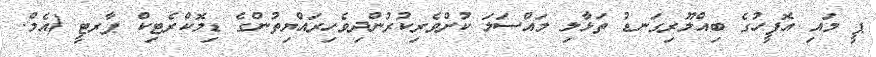
ޕީ މައި އޮފީހުގެ ބިއްލޫރިގަނޑު ތަޅާލި މައްސަލަ ކުށްވެރިކުރުންދިވެހިރައްޔިތުންގެ ޑިމޮކްރެޓިކް ޕާރޓީ (އެމް.